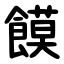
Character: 饃